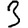
Digit: 3